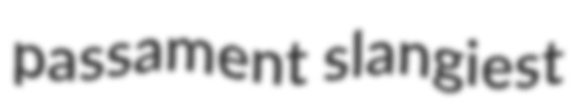
passament slangiest